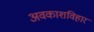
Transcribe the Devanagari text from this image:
अवकाशविहार